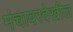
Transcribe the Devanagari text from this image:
मंचावरदेखील